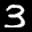
Label: 3